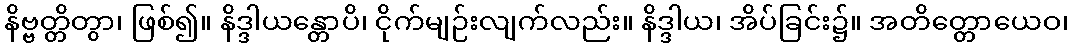
နိဗ္ဗတ္တိတွာ၊ ဖြစ်၍။ နိဒ္ဒါယန္တောပိ၊ ငိုက်မျဉ်းလျက်လည်း။ နိဒ္ဒါယ၊ အိပ်ခြင်း၌။ အတိတ္တောယေဝ၊